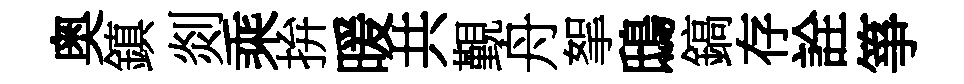
奥鎮剡乘拚暖共覲舟挐鴟鎬存詮箏